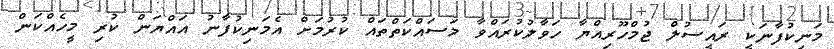
މަނިކުފާނަކީ ރައީސުލް ޖުމްހޫރިއްޔާ ހަވާލުކުރައްވާ މަސައްކަތްތައް ކުރުމަށް އެމަނިކުފާނު އައްޔަން ކުރި މީހެއްކަން